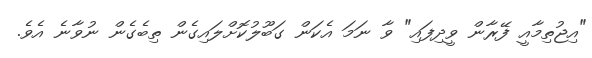
"އިޖުތިމާއީ ފޭރާން ވީދިފައި" ވާ ނަމަ އެކަން ގަބޫލުކޮށްލައިގެން ތިބެގެން ނުވާނެ އެވެ.